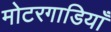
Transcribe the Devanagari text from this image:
मोटरगाडियाँ